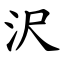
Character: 沢